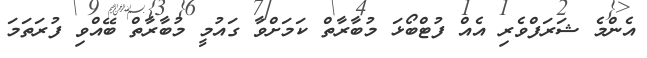
އެންމެ ޝަރަފްވެރި އެއް ފުޓްބޯޅަ މުބާރާތް ކަމަށްވާ ގައުމީ މުބާރާތް ބޭއްވި ފުރަތަމަ